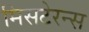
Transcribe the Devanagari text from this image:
मिसटेरन्स